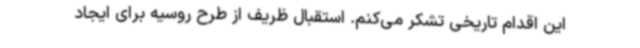
این اقدام تاریخی تشکر می‌کنم. استقبال ظریف از طرح روسیه برای ایجاد